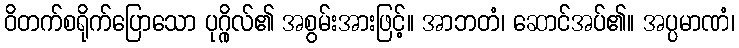
ဝိတက်စရိုက်ပြောသော ပုဂ္ဂိုလ်၏ အစွမ်းအားဖြင့်။ အာဘတံ၊ ဆောင်အပ်၏။ အပ္ပမာဏံ၊